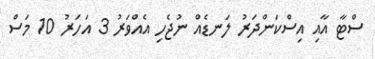
ސްޓާ އާއި އިސްކަންދަރު ލަނޑެއް ނުޖެހި އެއްވަރު 3 އަހަރު 10 މަސް